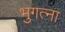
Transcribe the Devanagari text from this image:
भुगत्ना